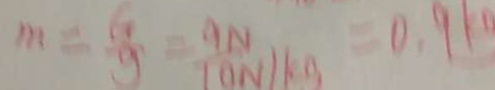
m = \frac { G } { g } = \frac { 9 N } { 1 0 N / k g } = 0 . 9 k g